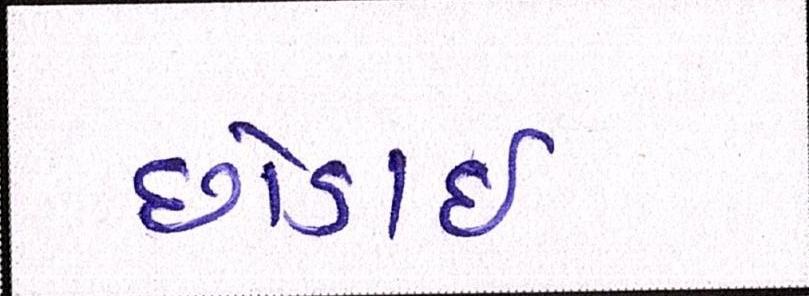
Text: છોડાઈ